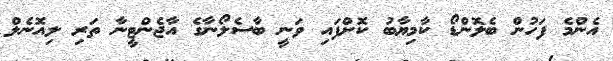
އެންމެ ފަހުން ބެލޮންޑޯ ކާމިޔާބު ކޮށްފައި ވަނީ ބާސެލޯނާގެ އާޖެންޓީނާ ތަރި ލިއޮނެލް